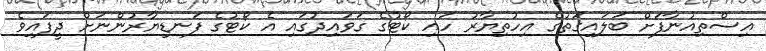
އިސްތިއުނާފަށް ބަލައިގަތުގެ އިހުތިޔާރު ހައި ކޯޓުގެ ގަވައިދުގައި އެ ކޯޓުގެ ފަނޑިޔާރުންނަށް ދީފައިވެ